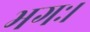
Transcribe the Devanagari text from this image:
भगः।